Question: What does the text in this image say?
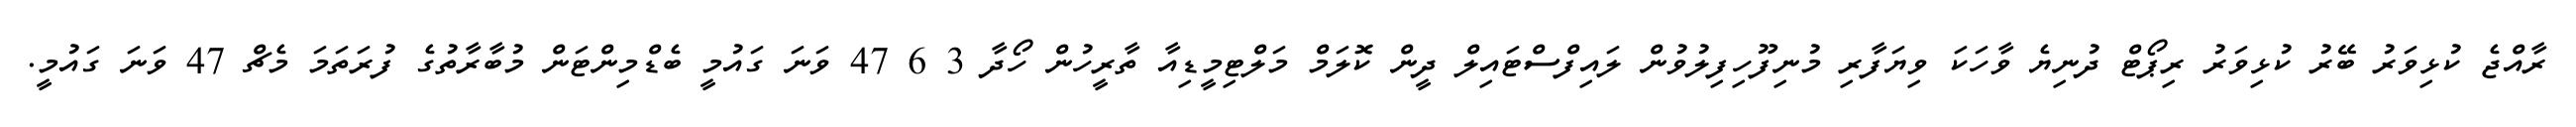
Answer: ރާއްޖެ ކުޅިވަރު ބޭރު ކުޅިވަރު ރިޕޯޓް ދުނިޔެ ވާހަކަ ވިޔަފާރި މުނިފޫހިފިލުވުން ލައިފްސްޓައިލް ދީން ކޮލަމް މަލްޓިމީޑިއާ ތާރީހުން ހޯދާ 3 6 47 ވަނަ ގައުމީ ބެޑްމިންޓަން މުބާރާތުގެ ފުރަތަމަ މެޗް 47 ވަނަ ގައުމީ.